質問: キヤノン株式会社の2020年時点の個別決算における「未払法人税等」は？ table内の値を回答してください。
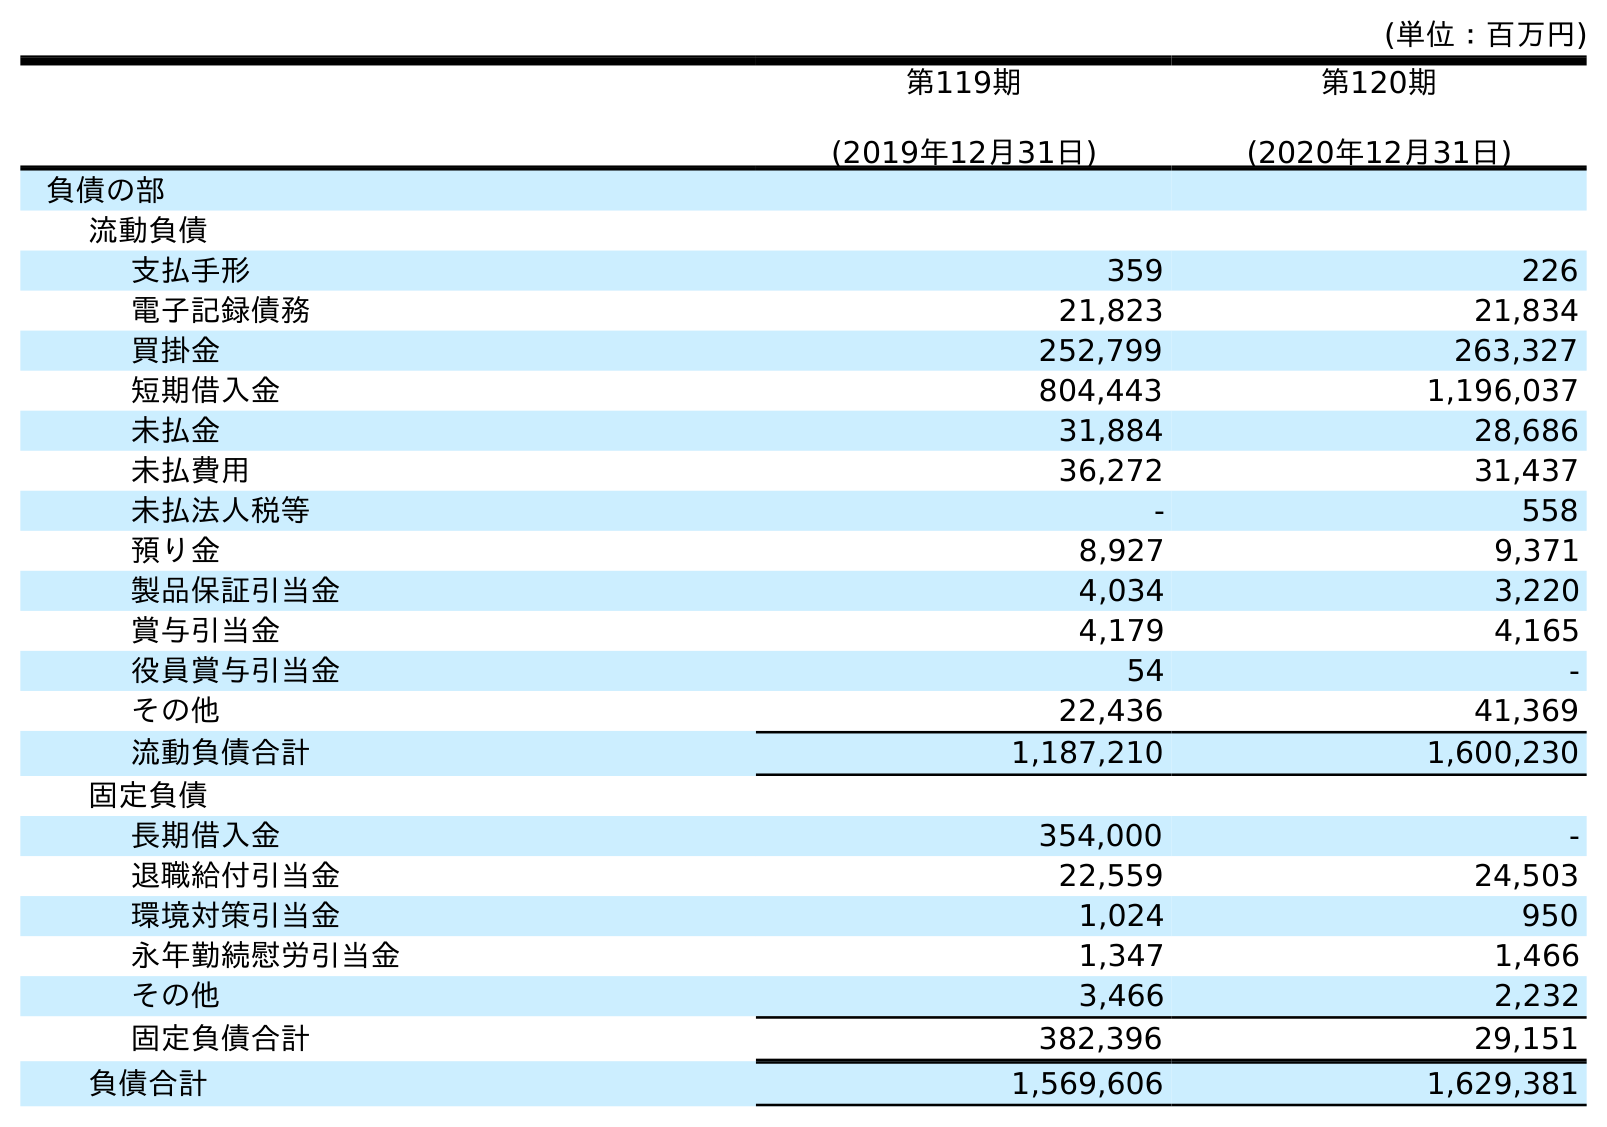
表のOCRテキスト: (単位：百万円) 第119期 (2019年12月31日) 第120期 (2020年12月31日) 負債の部 流動負債 支払手形 359 226 電子記録債務 21,823 21,834 買掛金 252,799 263,327 短期借入金 804,443 1,196,037 未払金 31,884 28,686 未払費用 36,272 31,437 未払法人税等 - 558 預り金 8,927 9,371 製品保証引当金 4,034 3,220 賞与引当金 4,179 4,165 役員賞与引当金 54 - その他 22,436 41,369 流動負債合計 1,187,210 1,600,230 固定負債 長期借入金 354,000 - 退職給付引当金 22,559 24,503 環境対策引当金 1,024 950 永年勤続慰労引当金 1,347 1,466 その他 3,466 2,232 固定負債合計 382,396 29,151 負債合計 1,569,606 1,629,381
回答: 558